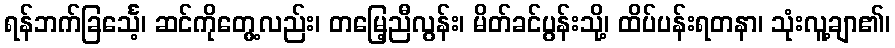
ရန်ဘက်ခြင်္သေ့၊ ဆင်ကိုတွေ့လည်း၊ တမြေ့ညီလွန်း၊ မိတ်ခင်ပွန်းသို့၊ ထိပ်ပန်းရတနာ၊ သုံးလူ့ချာ၏၊